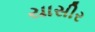
યાસીર